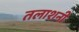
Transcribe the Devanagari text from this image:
तलाशनी